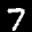
Label: 7